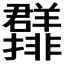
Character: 𱻖